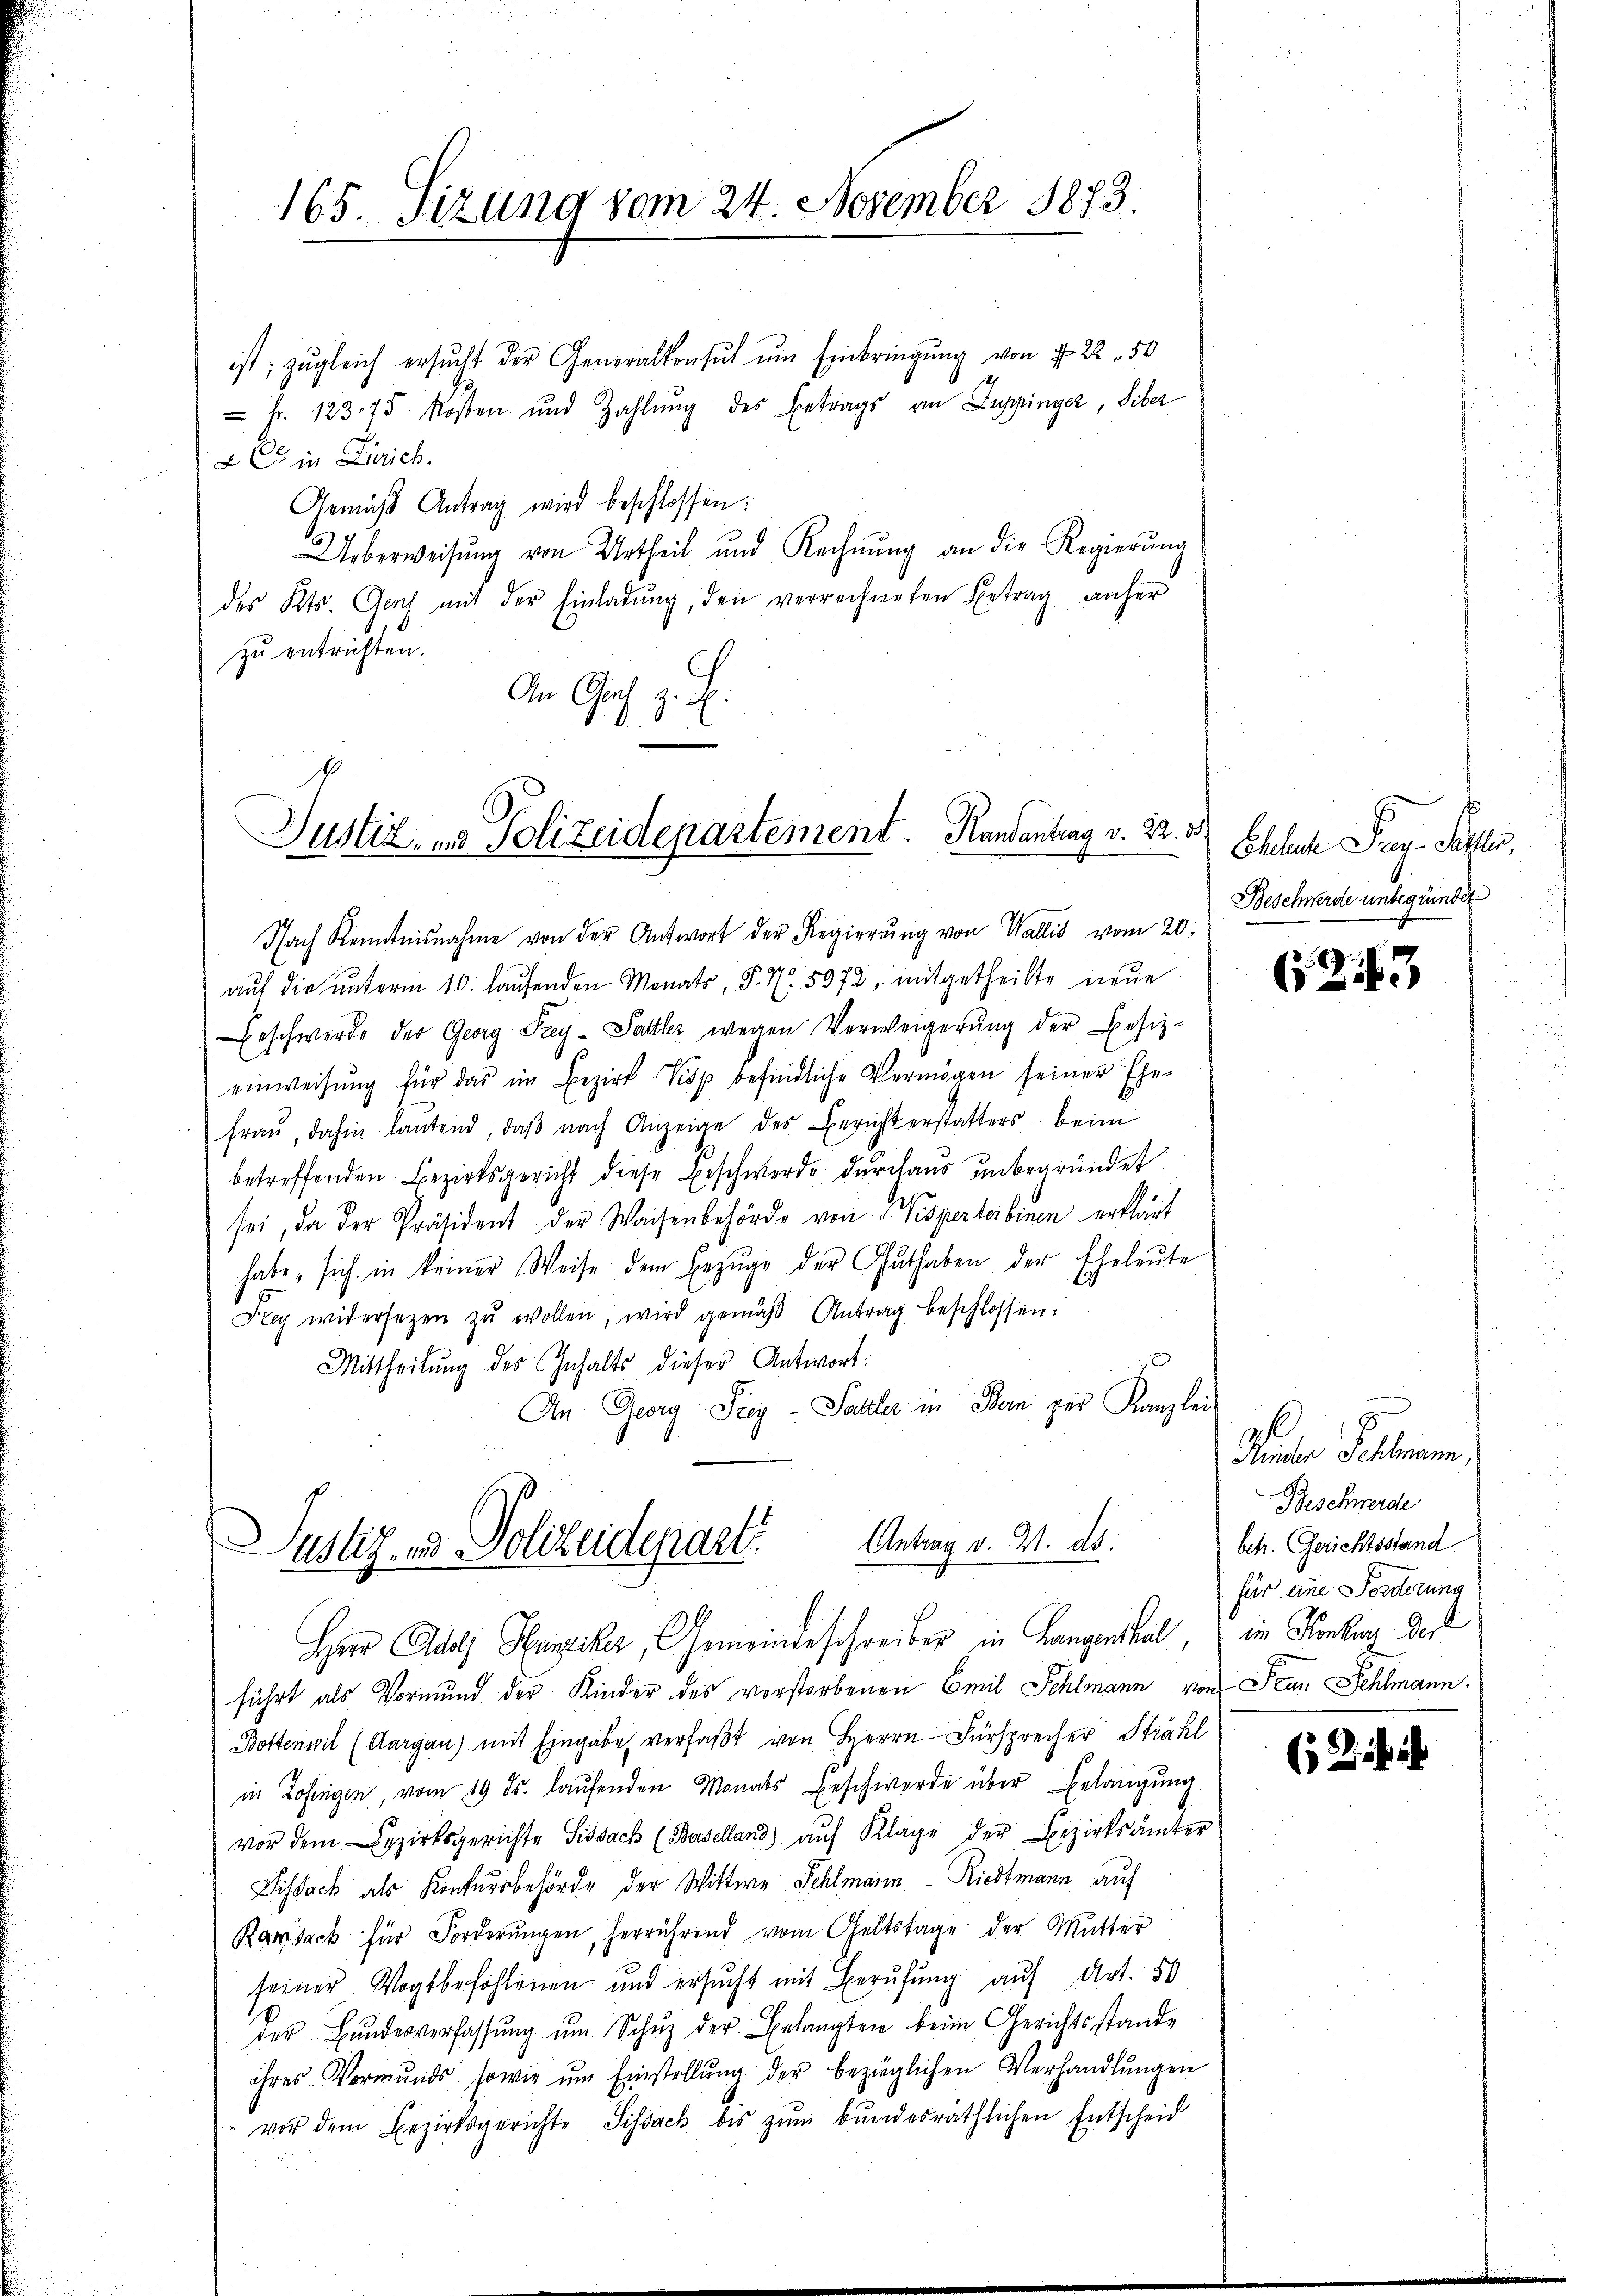
165 Sizung vom 24. November 1873.

ist; zugleich ersŭcht der Generalkonsŭch ŭm Einbringŭng von § 22.50
 Fr. 123. 75. Kosten und Zahlung des Betrags an Luppinger, Liber
 C in Zürich.
Gemäβ Antrag wird beschlossen:
Ueberweisŭng von Urtheil und Rechnŭng an die Regierŭng
des Kts. Genf mit der Einladŭng, den verrechneten Betrag anher
zu entrichten.
An Graf z. B.

Nach Kenntnisnahme von der Antwort der Regierŭng von Wallis vom 20.
auf die unterm 10. laufenden Monats, §. 7. 5972, mitgetheilte neue
Beschwerde der Georg Frey-Sattler wegen Verweigerŭng der Besiz-
einweisŭng für das im Bezirk Pisp befindliche Vermögen seiner Ehe-
fraŭ, dahin laŭtend, daβ nach Anzeige des Bericht erstatters beim
betreffenden Bezirksgericht diese Beschwerde durchaus unbegründet
sei, da der Präsident der Waisenbehörde von Wisperterbinen erklärt
habe, sich in keiner Weise dem Bezŭge der Guthaben der Eheleute
Frey widersezen zŭ wollen, wird gemäβ Antrag beschlossen:
Mittheilŭng des Inhalts dieser Antwort:
An Georg Frey-Saller in Bern zur Kanzlei
Antrag v. 4. ds.
Justiz, in Polizeidepart
Herr Adolf Hunziker, Gemeindeschreiber in Langenthal, in Konkung des
führt als Vormund der Kinder des vorstorbenen Emil Schlmann von Frau Fehlmann.
Bottenwil (Aargau) mit Eingabe verfaßt von Herrn Fürsprecher Strahl
in Zofingen, vom 19. ds. laŭfenden Monats Beschwerde über Belangung
vor dem zirksgerichte Sissach (Baselland) auf Klage der Bezirksämter
Lisack als Konkursbehörde der Wittwe Schlmann - Riedtmann auf
Kansack für Forderŭngen, herrührend vom Geltstage der Mutter
seiner Vogtbefohlenen und ersucht mit Berufung auf dirt. 50
der Bŭndesverfassŭng ŭm Schŭz der Belangten beim Gerichtsstande
ihres Vormŭnds sowie ŭm Einstellŭng der bezüglichen Verhandlŭngen
vor dem Bezirksgerichte Sissack bis zŭm bŭndesräthlichen Entscheid

Justiz, u. Polizeidepartement. Randantrag v. 22. 38

Eheliche Prag. Pallis,
Beschwerde unbegründet

(2443

9
Minder Fehlmann,
Beschwerde
betr. Gerichtsstand
für eine Forderung

R.